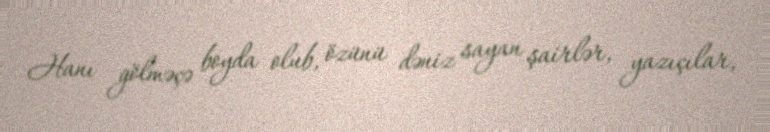
Hanı gölməçə boyda olub, özünü dəniz sayan şairlər, yazıçılar,